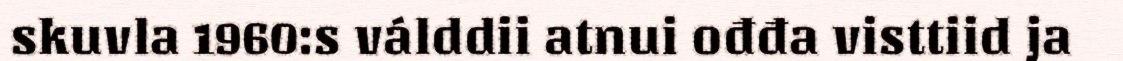
skuvla 1960:s válddii atnui ođđa visttiid ja